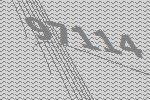
97114